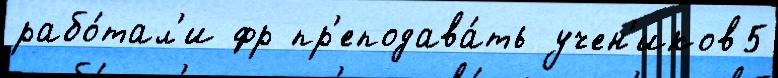
рабо́тал'и фр пр'еподава́ть учен'иков5